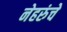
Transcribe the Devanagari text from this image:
नेहरुंचे